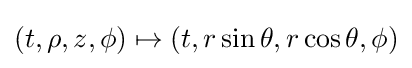
(t,\rho ,z,\phi )\mapsto (t,r\sin \theta ,r\cos \theta ,\phi )